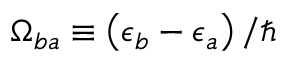
\Omega _ { b a } \equiv \left( \epsilon _ { b } - \epsilon _ { a } \right) / \hbar